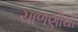
ચાળણીથી